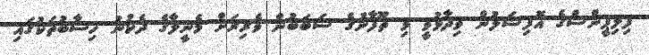
ފިލިޕީންސްގެ އޮފިޝަލުން ވިދާޅުވީ މި ތޫފާނުގެ ސަބަބުން ވެރިރަށް މެނީލާގެ ދެކުނު ހިސާބުތަކުގައި